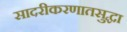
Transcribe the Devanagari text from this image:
सादरीकरणातसुद्धा